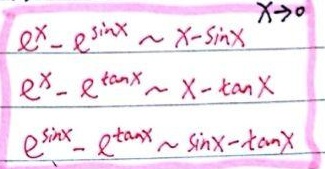
当\(x\to0\)时，\(e^{x}-e^{\sin x}\sim x - \sin x\)，\(e^{x}-e^{\tan x}\sim x-\tan x\)，\(e^{\sin x}-e^{\tan x}\sim\sin x - \tan x\)